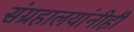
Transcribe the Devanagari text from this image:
संग्रहालयांनीही